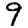
Digit: 9